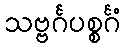
သဗ္ဗင်္ဂပစ္စင်္ဂံ